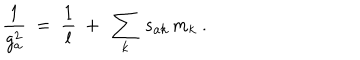
\frac { 1 } { g _ { a } ^ { 2 } } \ = \ \frac { 1 } { l } \ + \ \sum _ { k } \, s _ { a k } \, m _ { k } \ .